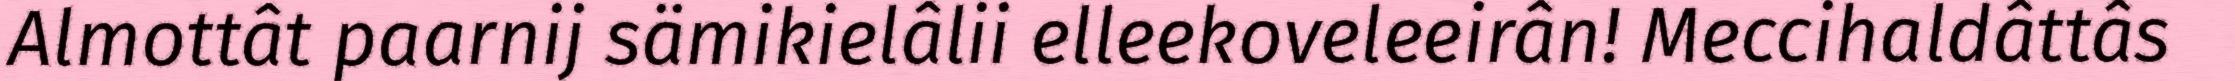
Almottât paarnij sämikielâlii elleekoveleeirân! Meccihaldâttâs